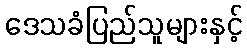
ဒေသခံပြည်သူများနှင့်